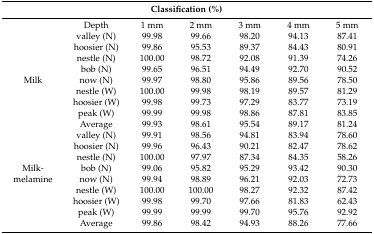
| <COLSPAN=7> Classification (%) |
 | --- | --- | --- | --- | --- | --- | --- |
 |  | Depth | 1 mm | 2 mm | 3 mm | 4 mm | 5 mm |
 |  | valley (N) | 99.98 | 99.66 | 98.20 | 94.13 | 87.41 |
 |  | hoosier (N) | 99.86 | 95.53 | 89.37 | 84.43 | 80.91 |
 |  | nestle (N) | 100.00 | 98.72 | 92.08 | 91.39 | 74.26 |
 |  | bob (N) | 99.65 | 96.51 | 94.49 | 92.70 | 90.52 |
 | Milk | now (N) | 99.97 | 98.80 | 95.86 | 89.56 | 78.50 |
 |  | nestle (W) | 100.00 | 99.98 | 98.19 | 89.57 | 81.29 |
 |  | hoosier (W) | 99.98 | 99.73 | 97.29 | 83.77 | 73.19 |
 |  | peak (W) | 99.99 | 99.98 | 98.86 | 87.81 | 83.85 |
 |  | Average | 99.93 | 98.61 | 95.54 | 89.17 | 81.24 |
 |  | valley (N) | 99.91 | 98.56 | 94.81 | 83.94 | 78.60 |
 |  | hoosier (N) | 99.96 | 96.43 | 90.21 | 82.47 | 78.62 |
 |  | nestle (N) | 100.00 | 97.97 | 87.34 | 84.35 | 58.26 |
 | Milk- | bob (N) | 99.06 | 95.82 | 95.29 | 93.42 | 90.30 |
 | melamine | now (N) | 99.94 | 98.89 | 96.21 | 92.03 | 72.73 |
 |  | nestle (W) | 100.00 | 100.00 | 98.27 | 92.32 | 87.42 |
 |  | hoosier (W) | 99.98 | 99.70 | 97.66 | 81.83 | 62.43 |
 |  | peak (W) | 99.99 | 99.99 | 99.70 | 95.76 | 92.92 |
 |  | Average | 99.86 | 98.42 | 94.93 | 88.26 | 77.66 |